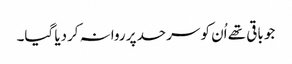
جو باقی تھے اُن کو سرحد پر روانہ کردیا گیا۔